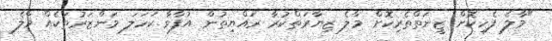
"މާލެ ފެހިކޮށް ޒީނަތްތެރިކޮށް މާލެ ޒިޔާރަތްކުރާ ރައްޔިތުން އުފާވާ ކަހަލަ މަންޒަރުތަކެއް މާލެ